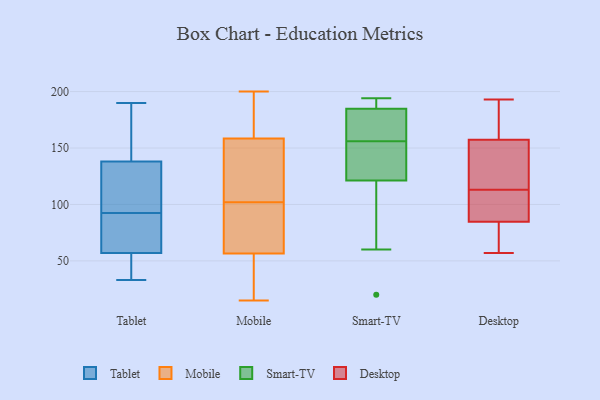
{"axis": {"x": "Bounce Rate (%)", "y": "Value"}, "legend": ["Desktop", "Mobile", "Smart-TV", "Tablet"], "data": [{"x": "", "y": 39, "type": "Tablet"}, {"x": "", "y": 33, "type": "Tablet"}, {"x": "", "y": 42, "type": "Tablet"}, {"x": "", "y": 68, "type": "Tablet"}, {"x": "", "y": 190, "type": "Tablet"}, {"x": "", "y": 94, "type": "Tablet"}, {"x": "", "y": 138, "type": "Tablet"}, {"x": "", "y": 73, "type": "Tablet"}, {"x": "", "y": 142, "type": "Tablet"}, {"x": "", "y": 91, "type": "Tablet"}, {"x": "", "y": 130, "type": "Tablet"}, {"x": "", "y": 57, "type": "Tablet"}, {"x": "", "y": 96, "type": "Tablet"}, {"x": "", "y": 178, "type": "Tablet"}, {"x": "", "y": 149, "type": "Mobile"}, {"x": "", "y": 186, "type": "Mobile"}, {"x": "", "y": 133, "type": "Mobile"}, {"x": "", "y": 89, "type": "Mobile"}, {"x": "", "y": 140, "type": "Mobile"}, {"x": "", "y": 192, "type": "Mobile"}, {"x": "", "y": 159, "type": "Mobile"}, {"x": "", "y": 15, "type": "Mobile"}, {"x": "", "y": 98, "type": "Mobile"}, {"x": "", "y": 52, "type": "Mobile"}, {"x": "", "y": 57, "type": "Mobile"}, {"x": "", "y": 200, "type": "Mobile"}, {"x": "", "y": 57, "type": "Mobile"}, {"x": "", "y": 77, "type": "Mobile"}, {"x": "", "y": 56, "type": "Mobile"}, {"x": "", "y": 200, "type": "Mobile"}, {"x": "", "y": 27, "type": "Mobile"}, {"x": "", "y": 106, "type": "Mobile"}, {"x": "", "y": 158, "type": "Mobile"}, {"x": "", "y": 56, "type": "Mobile"}, {"x": "", "y": 166, "type": "Smart-TV"}, {"x": "", "y": 60, "type": "Smart-TV"}, {"x": "", "y": 191, "type": "Smart-TV"}, {"x": "", "y": 132, "type": "Smart-TV"}, {"x": "", "y": 109, "type": "Smart-TV"}, {"x": "", "y": 194, "type": "Smart-TV"}, {"x": "", "y": 121, "type": "Smart-TV"}, {"x": "", "y": 137, "type": "Smart-TV"}, {"x": "", "y": 156, "type": "Smart-TV"}, {"x": "", "y": 123, "type": "Smart-TV"}, {"x": "", "y": 190, "type": "Smart-TV"}, {"x": "", "y": 113, "type": "Smart-TV"}, {"x": "", "y": 192, "type": "Smart-TV"}, {"x": "", "y": 172, "type": "Smart-TV"}, {"x": "", "y": 170, "type": "Smart-TV"}, {"x": "", "y": 122, "type": "Smart-TV"}, {"x": "", "y": 171, "type": "Smart-TV"}, {"x": "", "y": 189, "type": "Smart-TV"}, {"x": "", "y": 20, "type": "Smart-TV"}, {"x": "", "y": 81, "type": "Desktop"}, {"x": "", "y": 103, "type": "Desktop"}, {"x": "", "y": 113, "type": "Desktop"}, {"x": "", "y": 58, "type": "Desktop"}, {"x": "", "y": 193, "type": "Desktop"}, {"x": "", "y": 81, "type": "Desktop"}, {"x": "", "y": 163, "type": "Desktop"}, {"x": "", "y": 57, "type": "Desktop"}, {"x": "", "y": 112, "type": "Desktop"}, {"x": "", "y": 106, "type": "Desktop"}, {"x": "", "y": 127, "type": "Desktop"}, {"x": "", "y": 143, "type": "Desktop"}, {"x": "", "y": 58, "type": "Desktop"}, {"x": "", "y": 96, "type": "Desktop"}, {"x": "", "y": 168, "type": "Desktop"}, {"x": "", "y": 172, "type": "Desktop"}, {"x": "", "y": 121, "type": "Desktop"}, {"x": "", "y": 162, "type": "Desktop"}, {"x": "", "y": 126, "type": "Desktop"}]}